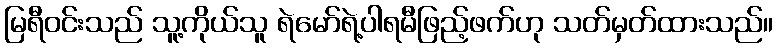
မြရီဝင်းသည် သူ့ကိုယ်သူ ရဲမော်ရဲ့ပါရမီဖြည့်ဖက်ဟု သတ်မှတ်ထားသည်။